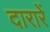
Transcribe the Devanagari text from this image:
दारारें